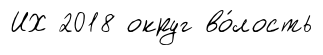
ИХ 2018 округ во́лость